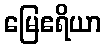
မြေဧရိယာ